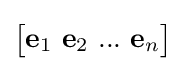
{\begin{bmatrix}\mathbf {e} _{1}\ \mathbf {e} _{2}\ ...\ \mathbf {e} _{n}\end{bmatrix}}